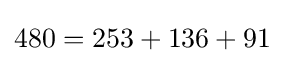
480=253+136+91